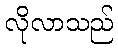
လိုလာသည်